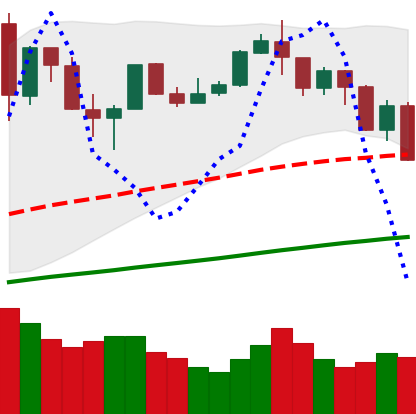
Ticker: BTC-USD
Chart end date: 2019-07-16
Forward return: 11.833%
Label: up_7plus